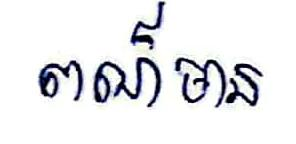
ពណ៍មាន